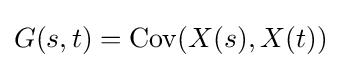
G(s,t)=\operatorname {Cov} (X(s),X(t))